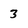
Character: 3